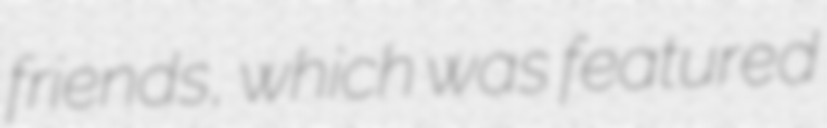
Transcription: friends, which was featured